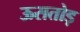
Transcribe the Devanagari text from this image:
ऊसतोड़